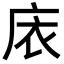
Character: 庡